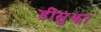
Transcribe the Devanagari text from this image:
डीसुझा